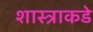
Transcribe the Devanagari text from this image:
शास्त्राकडे